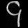
Digit: ၄